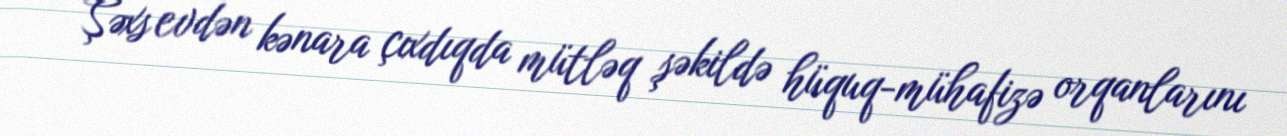
Şəxs evdən kənara çıxdıqda mütləq şəkildə hüquq-mühafizə orqanlarını